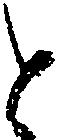
と